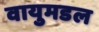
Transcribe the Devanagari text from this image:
वायुमडल